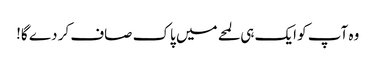
وہ آپ کو ایک ہی لمحے میں پاک صاف کر دے گا!